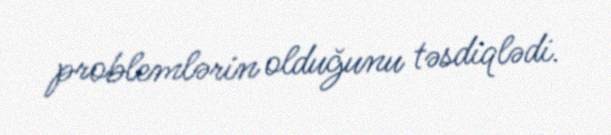
problemlərin olduğunu təsdiqlədi.